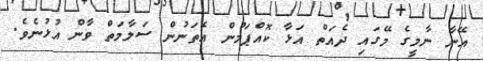
އޭނާ ނާމީގެ މޭގައި ދެއަތް އަޅާ ކޮއްޕަމުން އެތަނުން ސަލާމަތް ވާން އުޅުނެވެ.